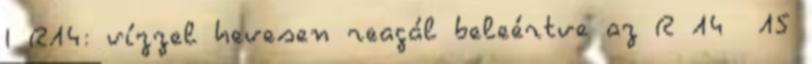
I R14: vízzel hevesen reagál beleértve az R 14 15